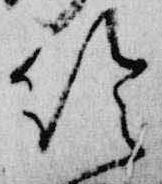
給